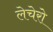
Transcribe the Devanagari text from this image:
लेचेरो